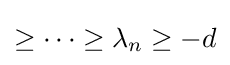
\geq \cdots \geq \lambda _{n}\geq -d